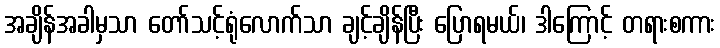
အချိန်အခါမှသာ တော်သင့်ရုံလောက်သာ ချင့်ချိန်ပြီး ပြောရမယ်၊ ဒါကြောင့် တရားစကား